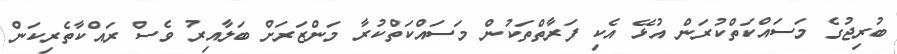
ބުރިޖުގެ މަސައްކަތްކުރަން އުޅޭ އެކި ފަރާތްތަކުން މަސައްކަތްކުރާ މަންޒަރަށް ބަލާއިރު ވެސް ރައްކާތެރިކަން